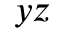
y z